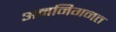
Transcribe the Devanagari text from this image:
अननिगनत